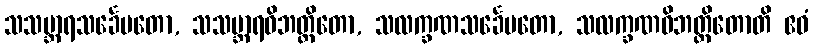
သသမ္ဘာရသင်္ခေပတော, သသမ္ဘာရဝိဘတ္တိတော, သလက္ခဏသင်္ခေပတော, သလက္ခဏဝိဘတ္တိတောတိ ဧဝံ